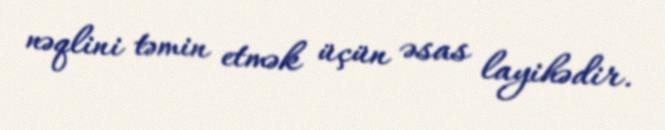
nəqlini təmin etmək üçün əsas layihədir.